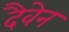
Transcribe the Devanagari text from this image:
दैवेन